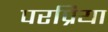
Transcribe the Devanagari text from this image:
परप्रिया